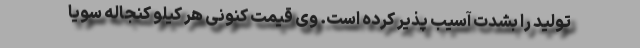
تولید را بشدت آسیب پذیر کرده است. وی قیمت کنونی هر کیلو کنجاله سویا